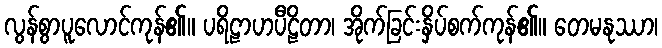
လွန်စွာပူလောင်ကုန်၏။ ပရိဠာဟပီဠိတာ၊ အိုက်ခြင်းနှိပ်စက်ကုန်၏။ တေမနုဿာ၊